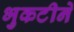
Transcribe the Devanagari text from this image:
भुकटीने